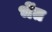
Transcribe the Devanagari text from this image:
भेंत